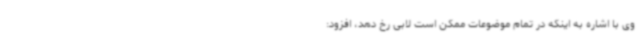
وی با اشاره به اینکه در تمام موضوعات ممکن است لابی رخ دهد، افزود: